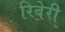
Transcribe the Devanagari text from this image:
रिबेरी